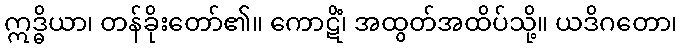
ဣဒ္ဓိယာ၊ တန်ခိုးတော်၏။ ကောဋိံ၊ အထွတ်အထိပ်သို့။ ယဒိဂတော၊